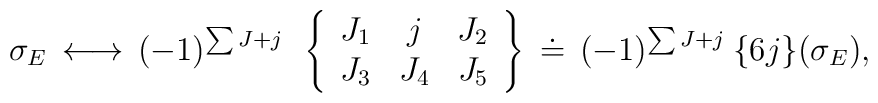
\sigma_E \,\longleftrightarrow\,(-1)^{\sum J + j}\:\:\left\{ \begin{array}{ccc}J_1 & j & J_2 \\J_3 & J_4 & J_5\end{array}\right\}\,\doteq\,(-1)^{\sum J +j}\:\{6j\}(\sigma_E),